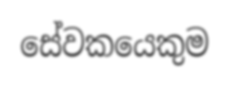
සේවකයෙකුම